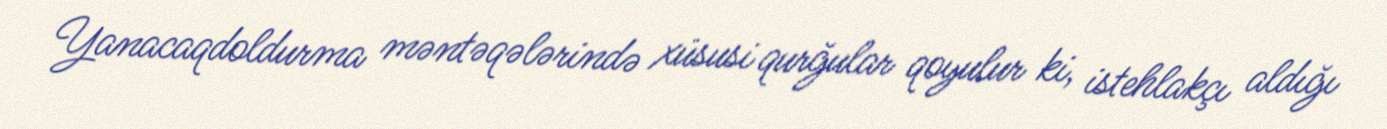
Yanacaqdoldurma məntəqələrində xüsusi qurğular qoyulur ki, istehlakçı aldığı